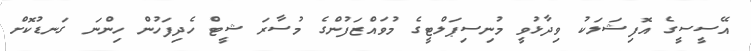
އޭސީސީގެ އޮފިޝަލަކު ވިދާޅުވީ މުނިސިޕަލްޓީގެ މުވައްޒަފުންގެ މުސާރަ ޝީޓް ހެދިފަހުން ހިންނަ ގަނޑުކޮށް